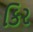
કિર